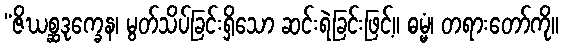
“ဇိဃစ္ဆဒုက္ခေန၊ မွတ်သိပ်ခြင်းရှိသော ဆင်းရဲခြင်းဖြင့်။ ဓမ္မံ၊ တရားတော်ကို။